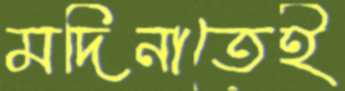
মদিনাতেই